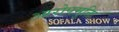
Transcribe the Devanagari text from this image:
आरोपमुक्ति